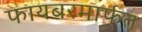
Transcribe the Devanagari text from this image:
फायबरमार्फत